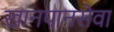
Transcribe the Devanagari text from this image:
खानपानसेवा